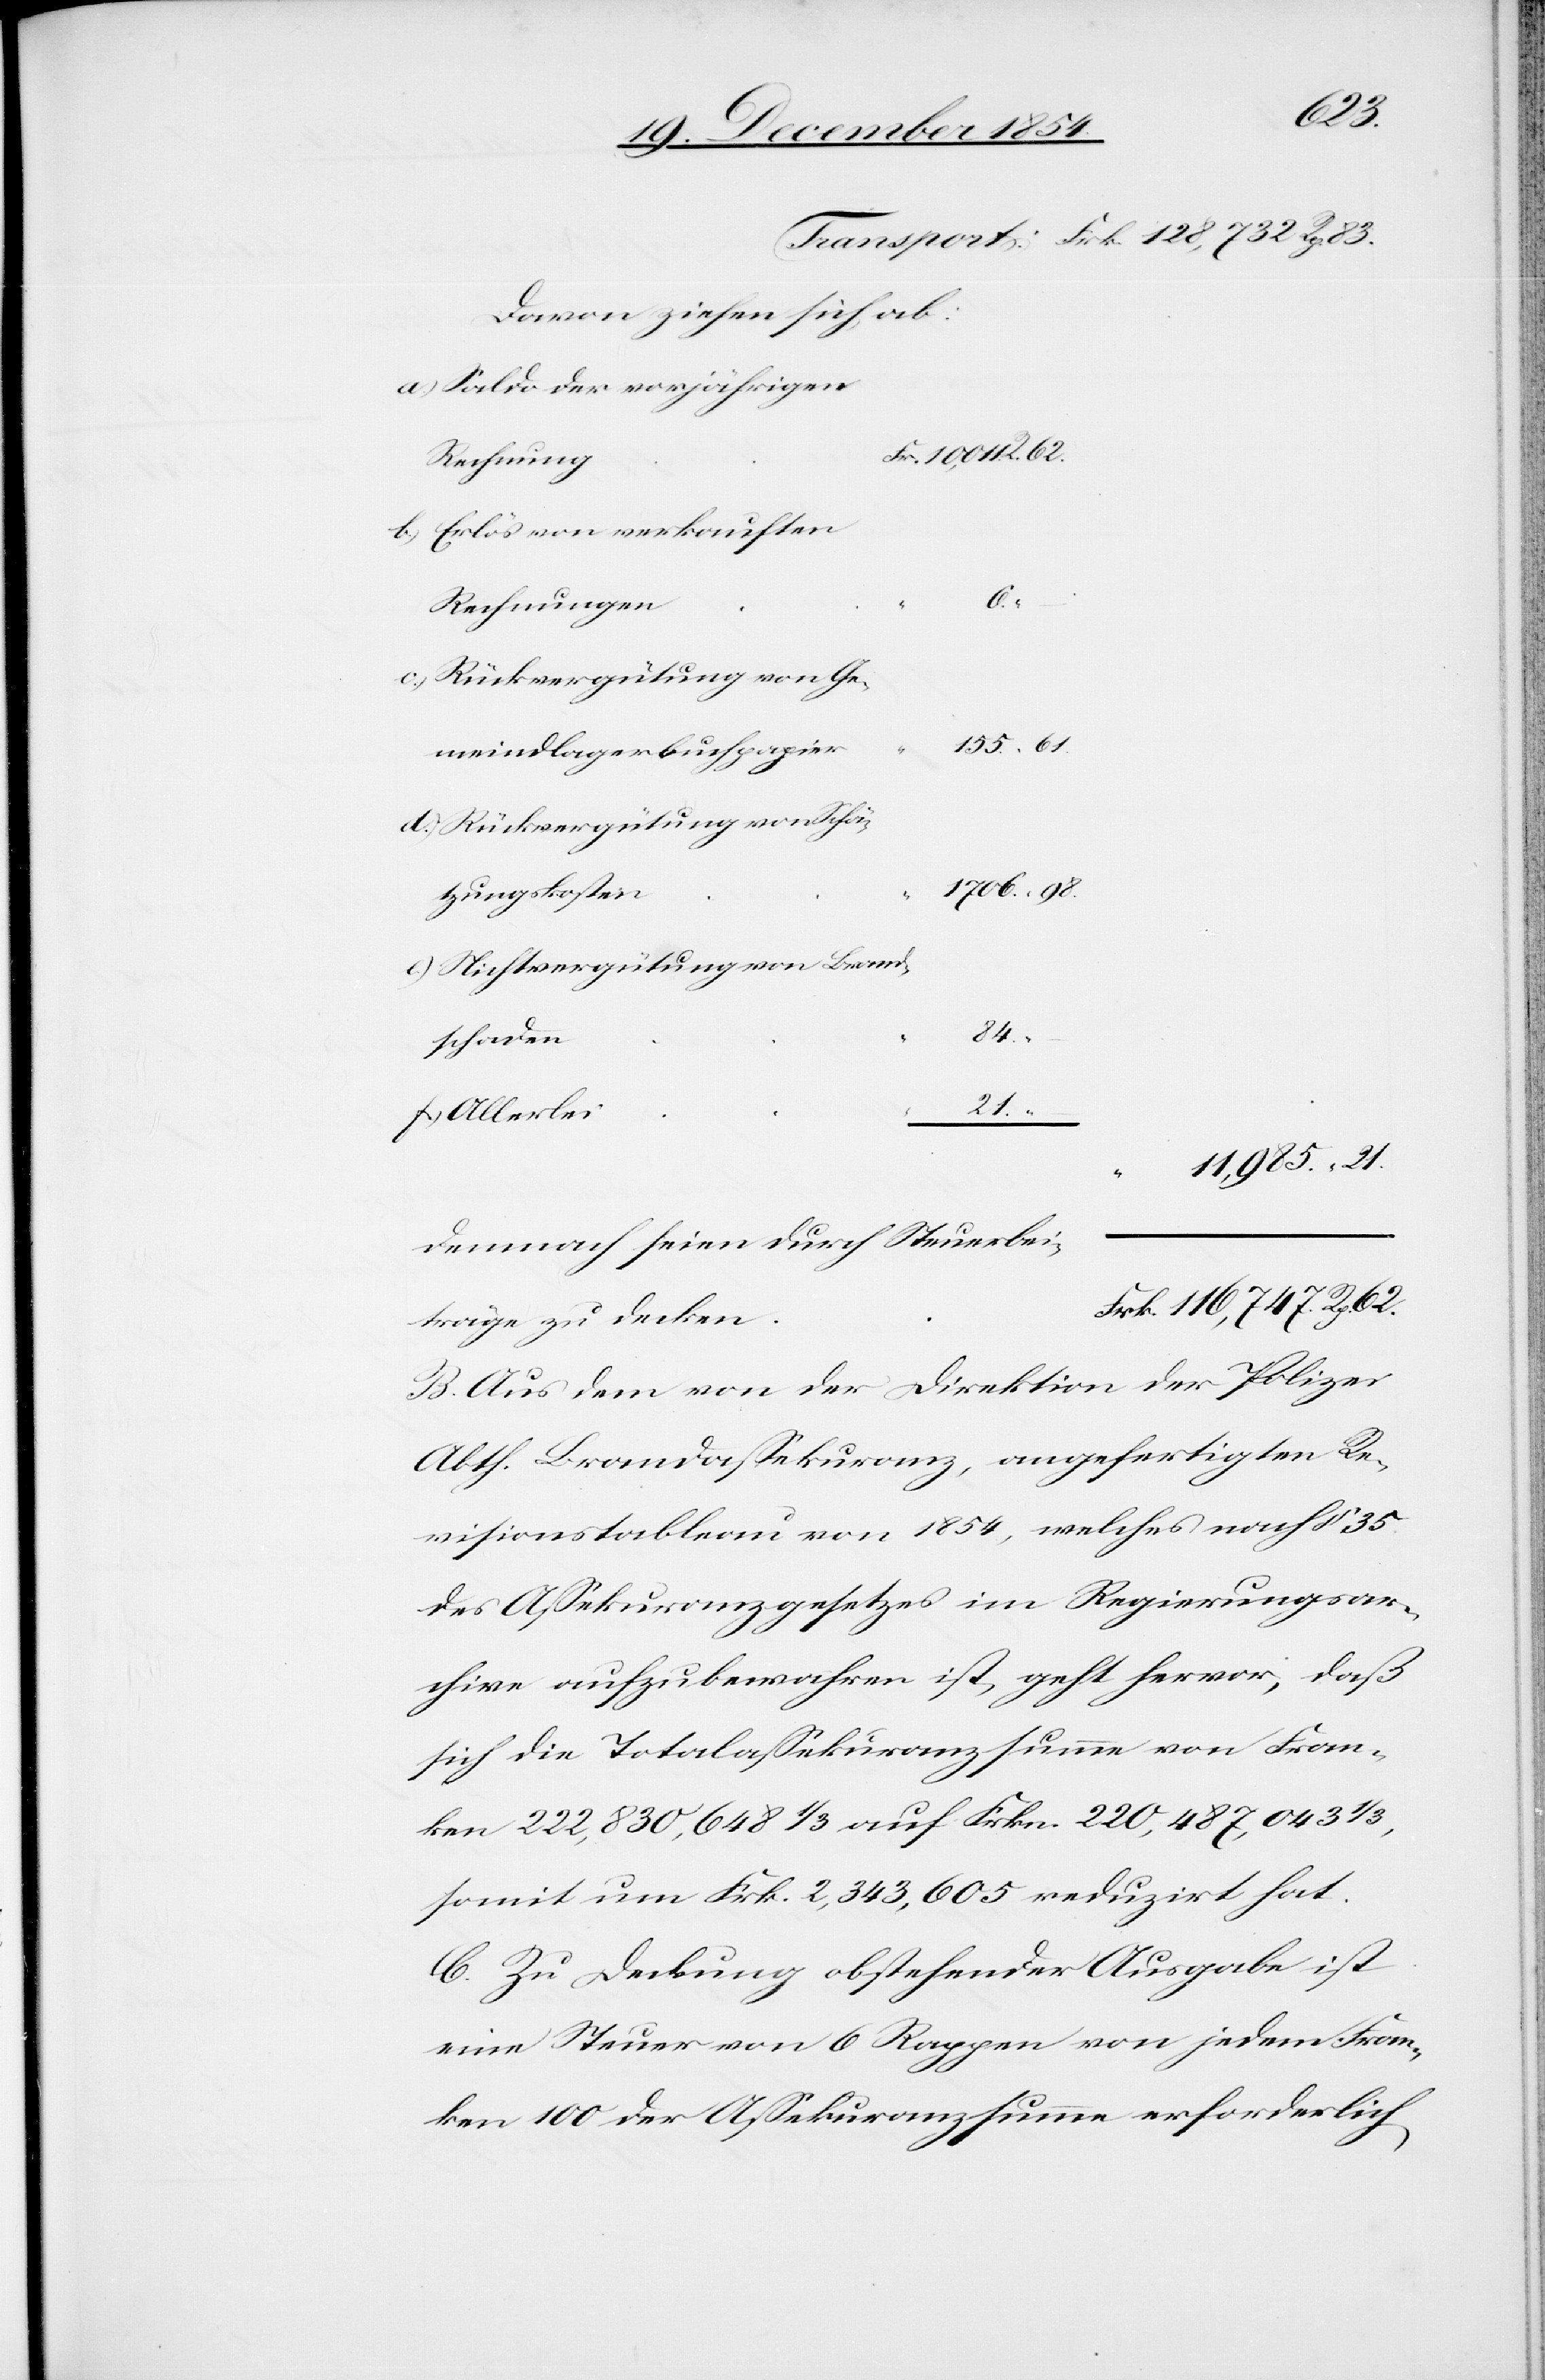
62.
Davon ziehen sich ab:
a.) Saldo der vorjährigen
Rechnung
b.) Erlös von verkauften
6.
Rechnungen
c.) Rückvergütung von Ge¬
meindlagerbuchpapier
d.) Rückvergütung von Schä¬
tzungskosten
e.) Vergütung von Brand¬
84.
schaden
f.) Allerlei
21.
11,985.
Demnach seien durch Steuerbei¬
träge zu decken
B. Aus dem von der Direktion der Polizei
Abth. Brandaßekuranz, angefertigten Re¬
visionstableau von 1854, welches nach § 35
des Aßekuranzgesetzes im Regierungsar¬
chive aufzubewahren ist, geht hervor, daß
sich die Totalaßekuranzsumme von Fran¬
ken 222,830,648 1/3 auf Frkn. 220,487,043 1/3,
somit um Frk. 2,343,605 reduzirt hat.
C. Zu Deckung obstehender Ausgabe ist
eine Steuer von 6 Rappen von jedem Fran¬
ken 100 der Aßekuranzsumme erforderlich